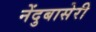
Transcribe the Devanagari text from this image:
नेंदुबासेरी